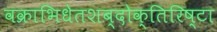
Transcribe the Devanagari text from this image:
वक्राभिधेतशब्दोक्तिरिष्टा